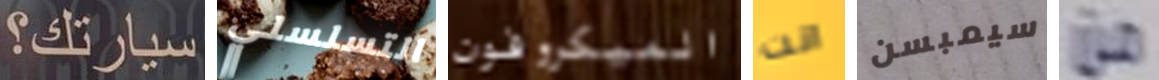
سيارتك؟ التسلسلي الميكروفون انت سيمبسن من